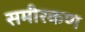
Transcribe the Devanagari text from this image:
समीरकण